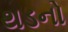
થડનો